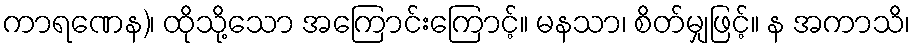
ကာရဏေန)၊ ထိုသို့သော အကြောင်းကြောင့်။ မနသာ၊ စိတ်မျှဖြင့်။ န အကာသိ၊